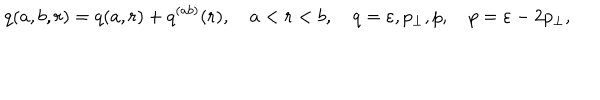
q ( a , b , r ) = q ( a , r ) + q ^ { ( a b ) } ( r ) , \quad a < r < b , \quad q = \varepsilon , p _ { \perp } , p , \quad p = \varepsilon - 2 p _ { \perp } ,